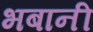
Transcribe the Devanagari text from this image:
भबानी